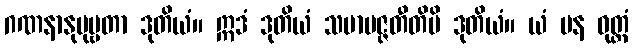
ဂဏနာနုပုဗ္ဗတာ ဒုတိယံ။ ဣဒံ ဒုတိယံ သမာပဇ္ဇတီတိပိ ဒုတိယံ။ ယံ ပန ဝုတ္တံ